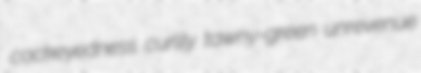
cockeyedness curlily tawny-green unrevenue